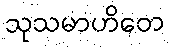
သုသမာဟိတေ